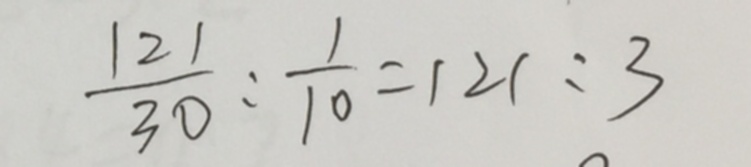
\frac { 1 2 1 } { 3 0 } : \frac { 1 } { 1 0 } = 1 2 1 : 3